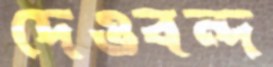
দেওবন্দ